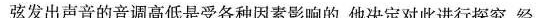
弦发出声音的音调高低是受各种因素影响的，他决定对此进行探究。经